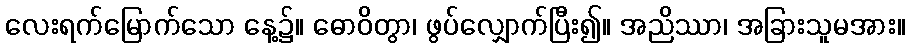
လေးရက်မြောက်သော နေ့၌။ ဓောဝိတွာ၊ ဖွပ်လျှောက်ပြီး၍။ အညိဿာ၊ အခြားသူမအား။